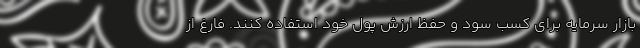
بازار سرمایه برای کسب سود و حفظ ارزش پول خود استفاده کنند. فارغ از